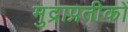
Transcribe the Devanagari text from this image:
मुद्राप्रतीकों